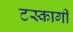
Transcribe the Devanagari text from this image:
टस्कागी